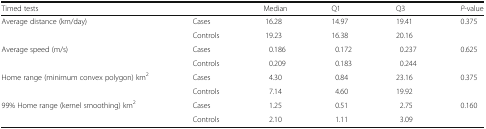
<table><thead><tr><td><b>Timed tests</b></td><td></td><td><b>Median</b></td><td><b>Q1</b></td><td><b>Q3</b></td><td><b><i>P</i>-value</b></td></tr></thead><tbody><tr><td rowspan="2">Average distance (km/day)</td><td>Cases</td><td>16.28</td><td>14.97</td><td>19.41</td><td>0.375</td></tr><tr><td>Controls</td><td>19.23</td><td>16.38</td><td>20.16</td><td></td></tr><tr><td rowspan="2">Average speed (m/s)</td><td>Cases</td><td>0.186</td><td>0.172</td><td>0.237</td><td>0.625</td></tr><tr><td>Controls</td><td>0.209</td><td>0.183</td><td>0.244</td><td></td></tr><tr><td rowspan="2">Home range (minimum convex polygon) km<sup>2</sup></td><td>Cases</td><td>4.30</td><td>0.84</td><td>23.16</td><td>0.375</td></tr><tr><td>Controls</td><td>7.14</td><td>4.60</td><td>19.92</td><td></td></tr><tr><td rowspan="2">99% Home range (kernel smoothing) km<sup>2</sup></td><td>Cases</td><td>1.25</td><td>0.51</td><td>2.75</td><td>0.160</td></tr><tr><td>Controls</td><td>2.10</td><td>1.11</td><td>3.09</td><td></td></tr></tbody></table>